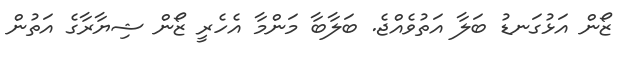
ޒޯން އަޅުގަނޑު ބަލާ އަތުވެއްޖެ. ބަލާބާ މަންމާ އެހެރީ ޒޯން ޝިޔާރާގެ އަތުން